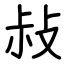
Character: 敊